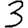
Digit: 3